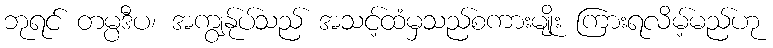
ဘုရင် တမ္ပဒီပ၊ အကျွန်ုပ်သည် အသင့်ထံမှသည်စကားမျိုး ကြားရလိမ့်မည်ဟု